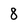
Character: 8